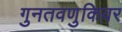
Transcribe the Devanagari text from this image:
गुनतवणुकिवर